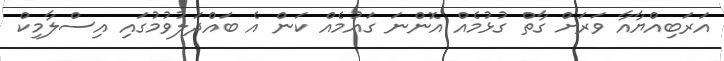
އަރަބިއްޔާއާ ވަރަށް ގާތް ގުޅުމެއް އޮންނަ ގައުމެއް ކަން އެ ބައްދަލުވުމުގައި އިސްލާމިކް